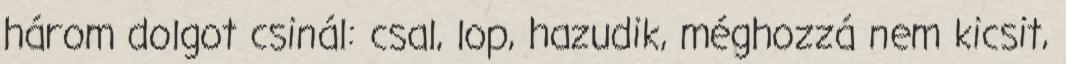
három dolgot csinál: csal, lop, hazudik, méghozzá nem kicsit,